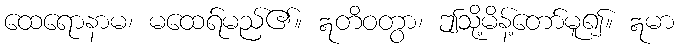
ထေရောနာမ၊ မထေရ်မည်၏။ ဣတိဝတွာ၊ ဤသို့မိန့်တော်မူ၍။ ဣမာ